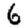
Digit: 6